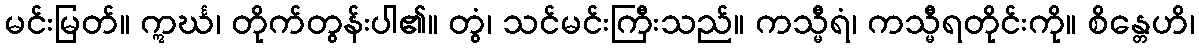
မင်းမြတ်။ ဣင်္ဃ၊ တိုက်တွန်းပါ၏။ တွံ၊ သင်မင်းကြီးသည်။ ကသ္မီရံ၊ ကသ္မီရတိုင်းကို။ စိန္တေဟိ၊